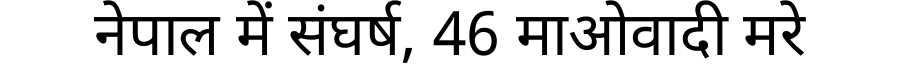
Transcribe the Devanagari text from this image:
नेपाल में संघर्ष, 46 माओवादी मरे